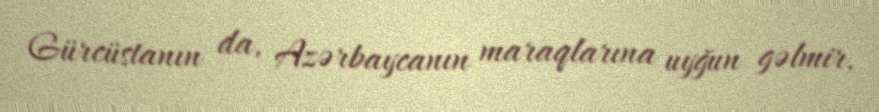
Gürcüstanın da, Azərbaycanın maraqlarına uyğun gəlmir.